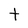
Character: t